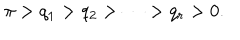
LaTeX: \pi > q _ { 1 } > q _ { 2 } > \cdots > q _ { r } > 0 .